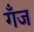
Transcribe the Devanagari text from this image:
गँज